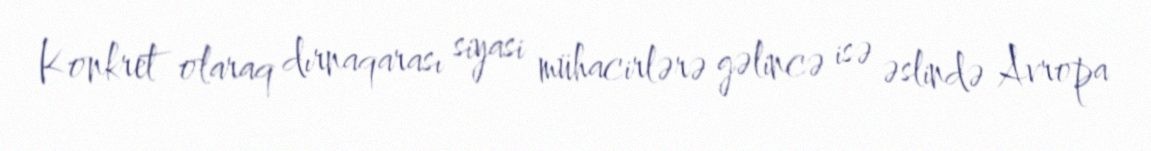
Konkret olaraq dırnaqarası siyasi mühacirlərə gəlincə isə əslində Avropa